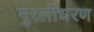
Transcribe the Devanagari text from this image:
मुरलीधरण